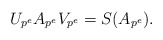
\begin{align*} U_{p^e} A_{p^e} V_{p^e} = S(A_{p^e}). \end{align*}